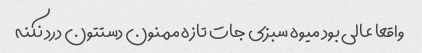
واقعا عالی بود میوه سبزی جات تازه ممنون دستتون درد نکنه